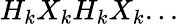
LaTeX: H_{k}X_{k}H_{k}X_{k}...